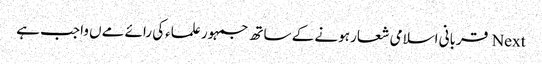
Next قربانی اسلامی شعار ہونے کے ساتھ جمہور علماءکی رائے مےں واجب ہے